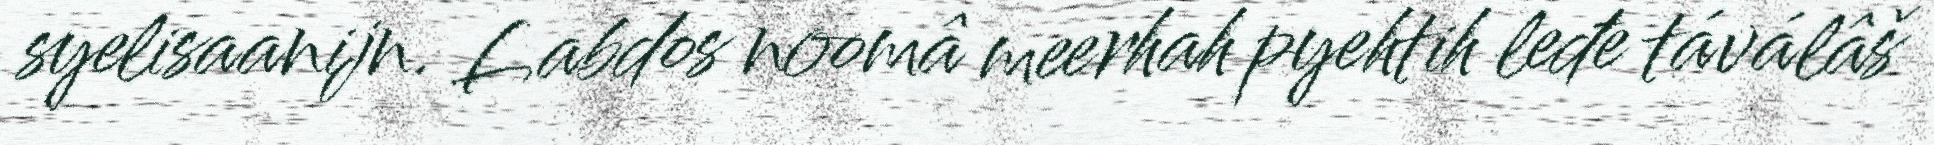
syelisaanijn. Labdos noomâ meerhah pyehtih leđe táválâš